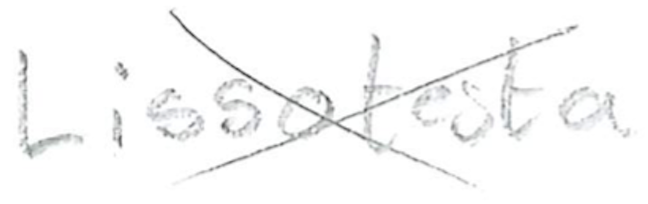
Text: Lissotesta
Cross-out: mix
Writing tool: pencil